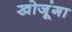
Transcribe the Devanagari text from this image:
खोजूंगा